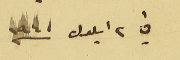
في 2 ايلول سنه 1940